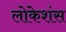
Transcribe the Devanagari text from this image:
लोकेशंस